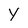
Character: Y